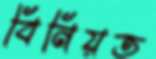
বিনিয়ত